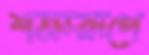
শত্রুরূপে